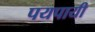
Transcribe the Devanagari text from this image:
पयपायी